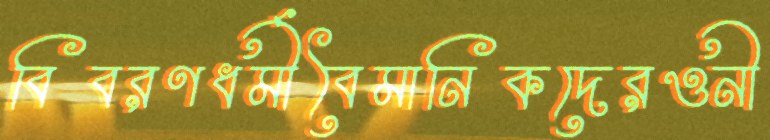
বিবরণধর্মীবৈমানিকদেরওনী